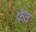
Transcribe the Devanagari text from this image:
फैव